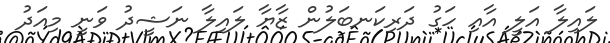
ލައިލާ އަލީ އާއި ހަގު ދަރިކަނބަލުން ޒާޔާ ލައިލާ ނަޝީދު ވަނީ މިއަދު